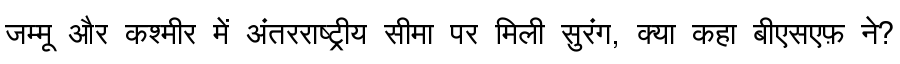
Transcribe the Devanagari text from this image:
जम्मू और कश्मीर में अंतरराष्ट्रीय सीमा पर मिली सुरंग, क्या कहा बीएसएफ़ ने?